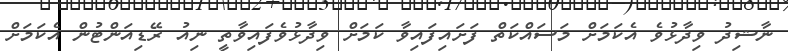
ނާޝިދު ވިދާޅުވެ އެކަމަށް މަސައްކަތް ފަށައިފައިވާ ކަމަށް ވިދާޅުވެފައިވާތީ ނިއު ރޭޑިއަންޓުން އެކަމަށް